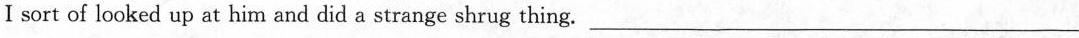
I sort of looked up at him and did a strange shrug thing. ___